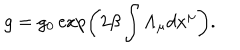
g = g _ { 0 } \exp \left( 2 \beta \int \Lambda _ { \mu } d x ^ { \mu } \right) .